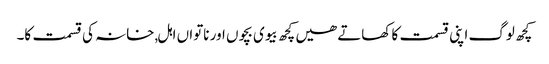
کچھ لوگ اپنی قسمت کا کھاتے ھیں کچھ بیوی بچوں اور ناتواں اہل,خانہ کی قسمت کا۔